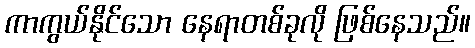
ကာကွယ်နိုင်သော နေရာတစ်ခုလို ဖြစ်နေသည်။